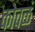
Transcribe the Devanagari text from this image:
कोवळं